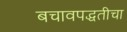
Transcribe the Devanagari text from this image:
बचावपद्धतीचा